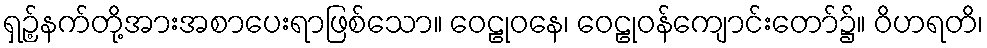
ရှဉ့်နက်တို့အားအစာပေးရာဖြစ်သော။ ဝေဠုဝနေ၊ ဝေဠုဝန်ကျောင်းတော်၌။ ဝိဟရတိ၊